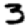
Digit: 3